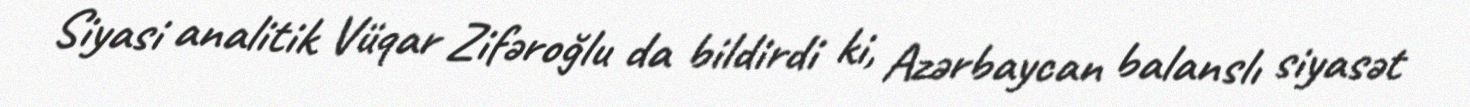
Siyasi analitik Vüqar Zifəroğlu da bildirdi ki, Azərbaycan balanslı siyasət